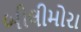
બીલીમોરા